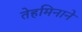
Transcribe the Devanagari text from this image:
तेहमिनाने